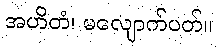
အဟိတံ၊ မလျောက်ပတ်။